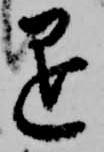
退